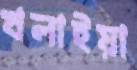
খলাইয়া